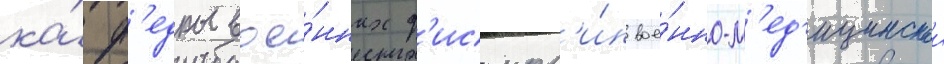
ка́ф'едры вое́нных д'исципл'и́н вое́нно-м'ед'ицинскои